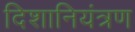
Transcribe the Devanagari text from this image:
दिशानियंत्रण